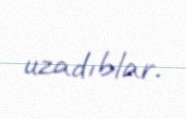
uzadıblar.